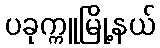
ပခုက္ကူမြို့နယ်